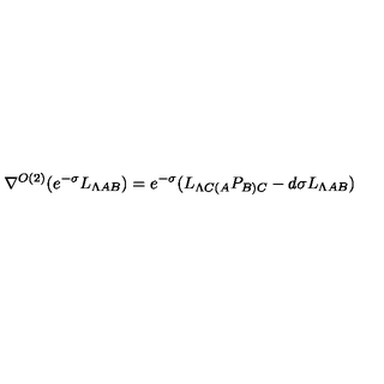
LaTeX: \nabla ^ { O ( 2 ) } ( e ^ { - \sigma } L _ { \Lambda A B } ) = e ^ { - \sigma } ( L _ { \Lambda C ( A } P _ { B ) C } - d \sigma L _ { \Lambda A B } )